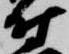
付